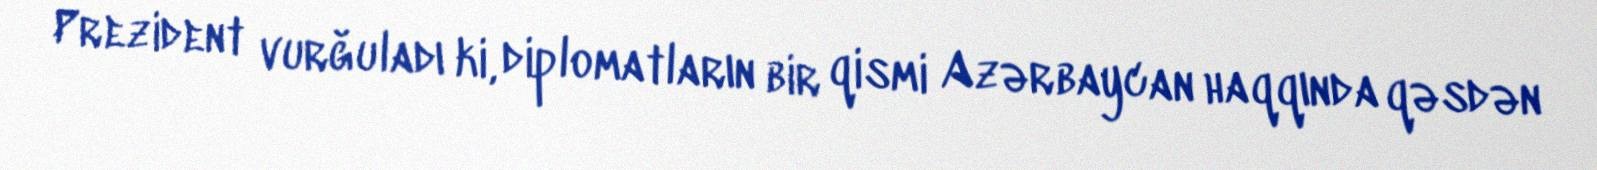
Prezident vurğuladı ki, diplomatların bir qismi Azərbaycan haqqında qəsdən